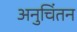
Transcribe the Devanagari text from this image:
अनुचिंतन